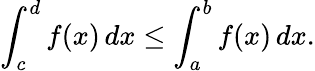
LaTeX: \int_{c}^{d}f(x)\, dx\leq\int_{a}^{b}f(x)\, dx.